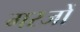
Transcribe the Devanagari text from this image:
गरजों